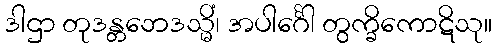
ဒါဌာ တုဒန္တဘေဒသ္မိံ၊ အပါင်္ဂေါ တွက္ခိကောဋိသု။